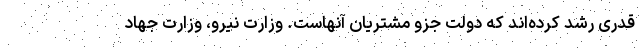
قدری رشد کرده‌اند که دولت جزو مشتریان آنهاست. وزارت نیرو، وزارت جهاد